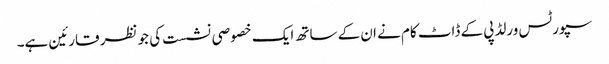
سپورٹس ورلڈپی کے ڈاٹ کام نے ان کے ساتھ ایک خصوصی نشست کی جو نظر قارئین ہے۔